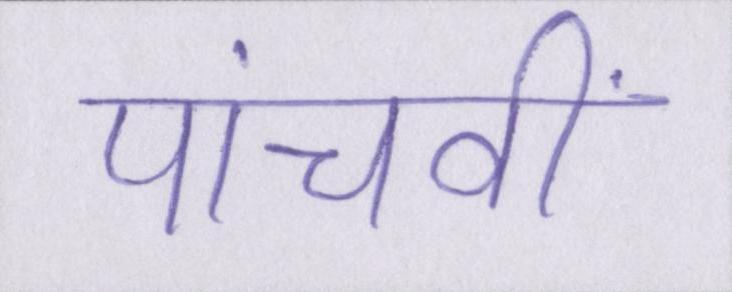
पांचवीं